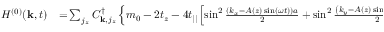
\begin{array} { r l } { H ^ { ( 0 ) } ( { \bf k } , t ) } & { { } \! = \! \sum _ { j _ { z } } C _ { { \bf k } , j _ { z } } ^ { \dagger } \left\{ m _ { 0 } - 2 t _ { z } - 4 t _ { | | } \left[ \sin ^ { 2 } \frac { \left( k _ { x } - A ( z ) \sin ( \omega t ) \right) a } { 2 } + \sin ^ { 2 } \frac { \left( k _ { y } - A ( z ) \sin ( \omega t + \varphi ) \right) a } { 2 } \right] \right\} \sigma _ { 0 } \otimes \tau _ { z } C _ { { \bf k } , j _ { z } } } \end{array}